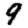
Digit: 9